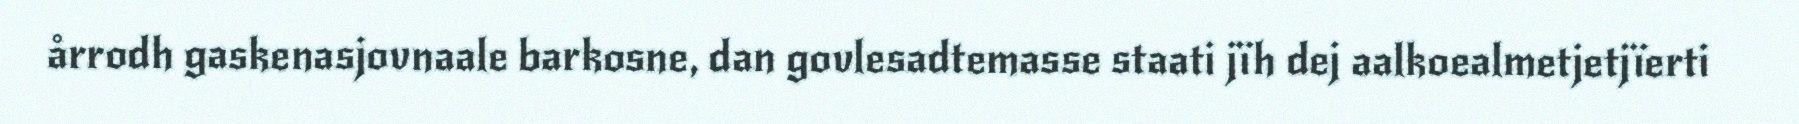
årrodh gaskenasjovnaale barkosne, dan govlesadtemasse staati jïh dej aalkoealmetjetjïerti